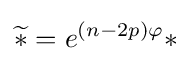
{\widetilde {\ast }}=e^{(n-2p)\varphi }\ast